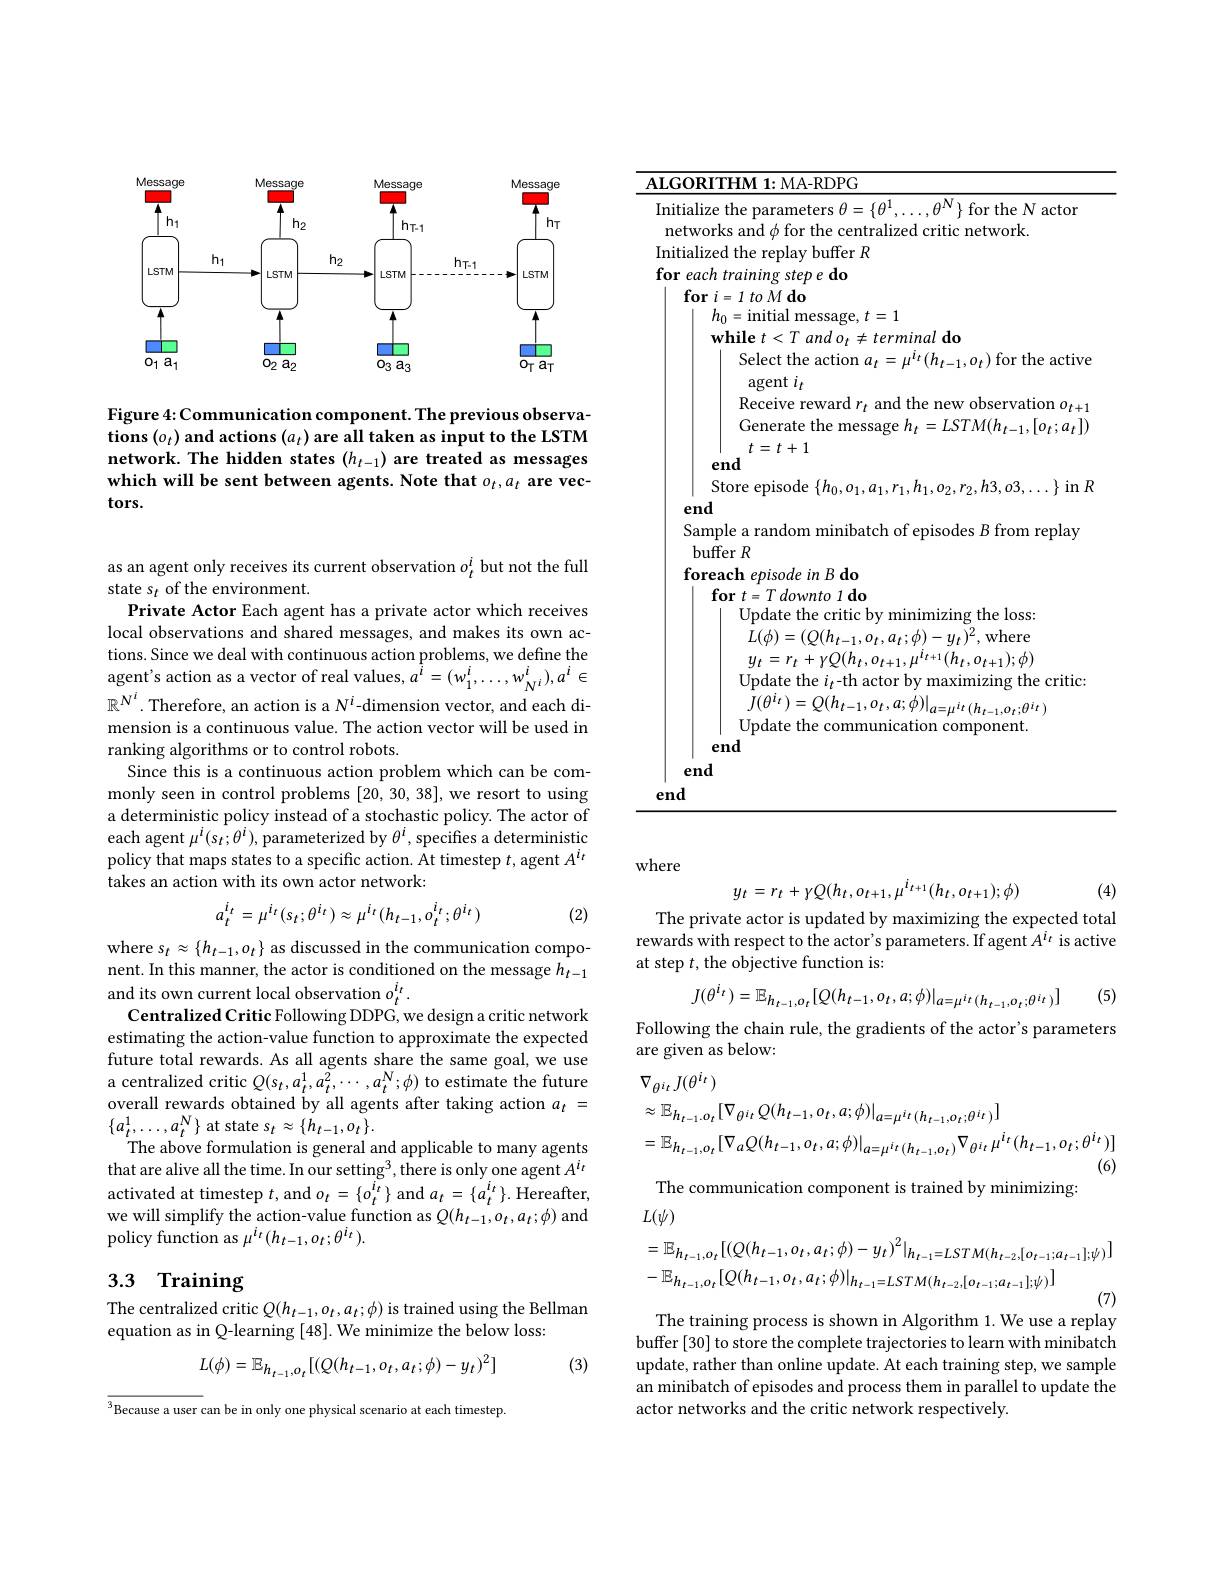
<FigureHere>

Figure 4: Communication component. The previous observations $(o_t)$ and actions $(a_t)$ are all taken as input to the LSTM network. The hidden states $(h_t-1)$ are treated as messages which will be sent between agents. Note that $o_t,a_t$ are vectors.

as an agent only receives its current observation $o_t^i$ but not the full
state s$_t$ of the environment.
Private Actor Each agent has a private actor which receives local observations and shared messages, and makes its own actions. Since we deal with continuous action problems, we define the agent's action as a vector of real values, $a^{\tilde{i}}=(w_{1}^{i},\ldots,w_{N^{i}}^{i}),a^{i}\in$ $\mathbb{R}^{N^i}.$ Therefore, an action is a $N^i$-dimension vector, and each dimension is a continuous value. The action vector will be used in ranking algorithms or to control robots.
Since this is a continuous action problem which can be commonly seen in control problems [20,30,38], we resort to using a deterministic policy instead of a stochastic policy. The actor of each agent $\mu^i(s_t;\theta^i)$, parameterized by $\theta^i$, specifies a deterministic policy that maps states to a specific action. At timestep $t$,agent $A^i_t$ takes an action with its own actor network:
$$a_t^{i_t}=\mu^{i_t}(s_t;\theta^{i_t})\approx\mu^{i_t}(h_{t-1},o_t^{i_t};\theta^{i_t})$$
(2)

where $s_t\approx\{h_{t-1},o_{t}\}$ as discussed in the communication component. In this manner, the actor is conditioned on the message $h_t-1$ and its own current local observation $o_t^{i_t}$
Centralized Critic Following DDPG, we design a critic network estimating the action-value function to approximate the expected future total rewards. As all agents share the same goal, we use a centralized critic $Q(s_{t},a_{t}^{1},a_{t}^{2},\cdots,a_{t}^{N};\phi)$ to estimate the future overall rewards obtained by all agents after taking action $a_t=$ $\{a_t^1,\ldots,a_t^N\}$ at state $s_t\approx\{\dot{h}_t-1,o_t\}.$
The above formulation is general and applicable to many agents that are alive all the time. In our setting$^3$,there is only one agent $A^{i_t}$ activated at timestep $t$,and $o_t=\{o_t^{i_t}\}$ and $a_t=\{a_t^{i_t}\}.$ Hereafter, we will simplify the action-value function as $Q(h_{t-1},o_{t},a_{t};\phi)$ and policy function as $\mu^{i_t}(h_{t-1},o_t;\theta^{i_t}).$

## 3.3 Training

The centralized critic $Q(h_{t-1},o_t,a_t;\phi)$ is trained using the Bellman
equation as in Q-learning [48]. We minimize the below loss:
$$L(\phi)=\mathbb{E}_{h_{t-1},o_{t}}[(Q(h_{t-1},o_{t},a_{t};\phi)-y_{t})^{2}]$$
(3)

$^{3}$Because a user can be in only one physical scenario at each timestep

ALGORITHM 1: MA-RDPG
Initialize the parameters $\theta=\{\theta^1,\ldots,\theta^N\}$ for the N actor
networks and $\phi$ for the centralized critic network.
Initialized the replay buffer $R$
for each training step e do
$\textbf{for }i= 1\textit{to }M\textbf{do}$
$h_{0}=$initial message, $t=1$
$\mathbf{while}t<T$ and $o_t\neq terminal\textbf{ do}$
Select the action $a_t=\mu^{i_t}(h_{t-1},o_t)$ for the active
agent $i_t$
Receive reward $r_t$ and the new observation $o_t+1$ Generate the message $h_t=LSTM(h_{t-1},[o_t;a_t])$ $t=t+1$
end
Store episode $\{h_0,o_1,a_1,r_1,h_1,o_2,r_2,h3,o3,\ldots\}$ in $R$
end
Sample a random minibatch of episodes $B$ from replay
buffer $R$
foreach episode in B do
$\textbf{for }t= T\textit{downto 1 do}$
Update the critic by minimizing the loss: $\dot{L}(\phi)=(Q(h_{t-1},o_{t},a_{t};\phi)-y_{t})^{2}$,where $y_{t}=r_{t}+\gamma Q(h_{t},o_{t+1},\mu^{i_{t+1}}(h_{t},o_{t+1});\phi)$ Update the $i_t$-th actor by maximizing the critic:
$J(\theta^{i_{t}})=Q(h_{t-1},o_{t},a;\phi)|_{a=\mu^{i_{t}}(h_{t-1},o_{t};\theta^{i_{t}})}$
Update the communication component.
end
end
end

where
$$y_{t}=r_{t}+\gamma Q(h_{t},o_{t+1},\mu^{i_{t+1}}(h_{t},o_{t+1});\phi)$$
The private actor is updated by maximizing the expected total

(4)

rewards with respect to the actor's parameters. If agent $A^{i_t}$ is active
at step $t$ the objective function is:
$$J(\theta^{i_t})=\mathbb{E}_{h_{t-1},o_t}[Q(h_{t-1},o_t,a;\phi)|_{a=\mu^{i_t}(h_{t-1},o_t;\theta^{i_t})}]$$
(5)

Following the chain rule, the gradients of the actor's parameters
are given as below:
$$\begin{aligned}&\nabla_{\theta^{i_{t}}}J(\theta^{i_{t}})\\&\approx\mathbb{E}_{h_{t-1},o_{t}}[\nabla_{\theta^{i_{t}}}Q(h_{t-1},o_{t},a;\phi)|_{a=\mu^{i_{t}}(h_{t-1},o_{t};\theta^{i_{t}})}]\\&=\mathbb{E}_{h_{t-1},o_{t}}[\nabla_{a}Q(h_{t-1},o_{t},a;\phi)|_{a=\mu^{i_{t}}(h_{t-1},o_{t})}\nabla_{\theta^{i_{t}}}\mu^{i_{t}}(h_{t-1},o_{t};\theta^{i_{t}})]\\&&\text{(6)}\end{aligned}$$
The communication component is trained by minimizing
$L(\psi)$
$$\begin{aligned}&=\mathbb{E}_{h_{t-1},o_{t}}[(Q(h_{t-1},o_{t},a_{t};\phi)-y_{t})^{2}|_{h_{t-1}=LSTM(h_{t-2},[o_{t-1};a_{t-1}];\psi)}]\\&-\mathbb{E}_{h_{t-1},o_{t}}[Q(h_{t-1},o_{t},a_{t};\phi)|_{h_{t-1}=LSTM(h_{t-2},[o_{t-1};a_{t-1}];\psi)}]\end{aligned}$$
The training process is shown in Algorithm 1. We use a replay

buffer [30] to store the complete trajectories to learn with minibatch update, rather than online update. At each training step, we sample an minibatch of episodes and process them in parallel to update the actor networks and the critic network respectively